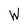
Character: W